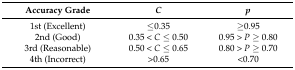
| Accuracy Grade | C | p |
 | --- | --- | --- |
 | 1st (Excellent) | ≤0.35 | ≥0.95 |
 | 2nd (Good) | 0.35 < C ≤ 0.50 | 0.95 > P ≥ 0.80 |
 | 3rd (Reasonable) | 0.50 < C ≤ 0.65 | 0.80 > P ≥ 0.70 |
 | 4th (Incorrect) | >0.65 | <0.70 |